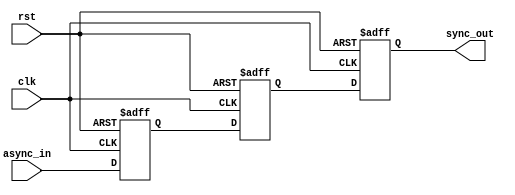
module meta_stability_filter (
    input wire clk,           // Clock signal
    input wire async_in,     // Asynchronous input signal
    input wire rst,          // Reset signal
    output reg sync_out      // Synchronized output signal
);

    // Two-stage flip-flops for synchronization
    reg ff1;                 // First flip-flop output
    reg ff2;                 // Second flip-flop output

    // Sequential logic for the flip-flops
    always @(posedge clk or posedge rst) begin
        if (rst) begin
            ff1 <= 1'b0;     // Initialize FF1 on reset
        end else begin
            ff1 <= async_in; // Sample async_in into FF1
        end
    end

    always @(posedge clk or posedge rst) begin
        if (rst) begin
            ff2 <= 1'b0;     // Initialize FF2 on reset
        end else begin
            ff2 <= ff1;      // Sample FF1 output into FF2
        end
    end

    // Output assignment
    always @(posedge clk or posedge rst) begin
        if (rst) begin
            sync_out <= 1'b0; // Initialize sync_out on reset
        end else begin
            sync_out <= ff2;  // Output is taken from FF2
        end
    end

endmodule